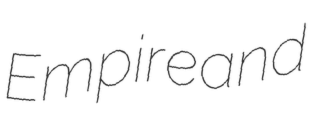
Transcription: Empire and